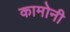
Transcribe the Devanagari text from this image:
कामोनी